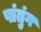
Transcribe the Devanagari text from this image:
षांतुंग